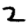
Digit: 2